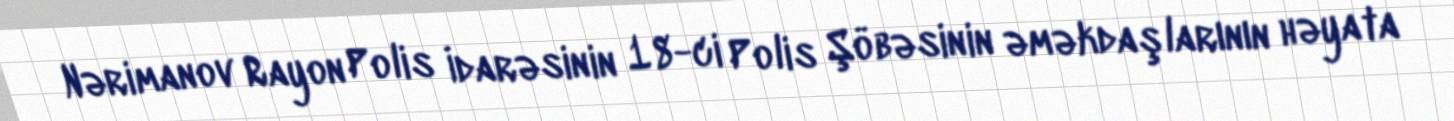
Nərimanov Rayon Polis İdarəsinin 18-ci Polis Şöbəsinin əməkdaşlarının həyata